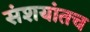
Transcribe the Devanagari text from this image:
संशयांतच